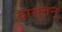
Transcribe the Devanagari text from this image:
दासगनू